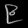
Digit: ၉